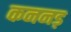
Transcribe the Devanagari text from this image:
कननड़